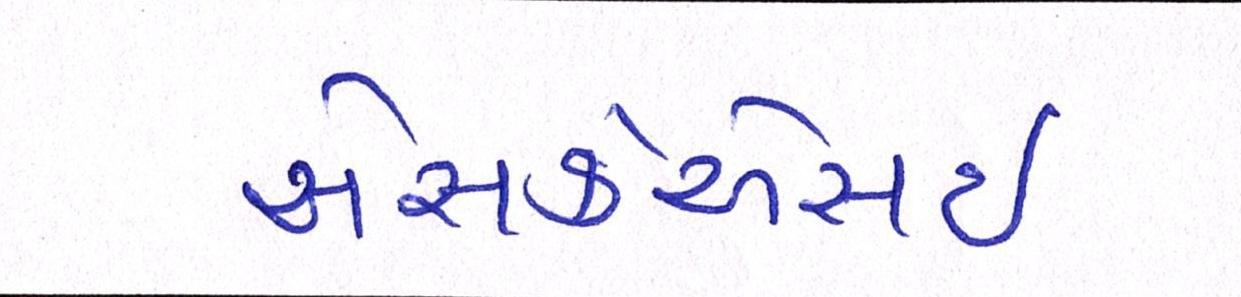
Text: એસકેએસઈ